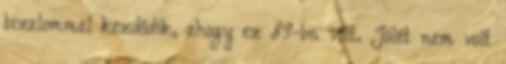
bizalommal kezdődik, ahogy ez 89-bn volt. Jólét nem volt